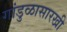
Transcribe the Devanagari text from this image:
गांडुळासारखी